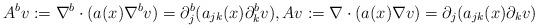
LaTeX: \begin{align*} A^{b}v:=\nabla^b\cdot(a(x)\nabla^bv)= \partial_j^b(a_{jk}(x)\partial_k^bv), Av:=\nabla\cdot(a(x)\nabla v)= \partial_j(a_{jk}(x)\partial_kv)\end{align*}